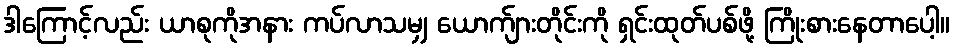
ဒါကြောင့်လည်း ယာစုကိုအနား ကပ်လာသမျှ ယောက်ျားတိုင်းကို ရှင်းထုတ်ပစ်ဖို့ ကြိုးစားနေတာပေါ့။